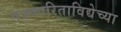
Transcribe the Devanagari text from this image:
पत्रकारिताविद्येच्या